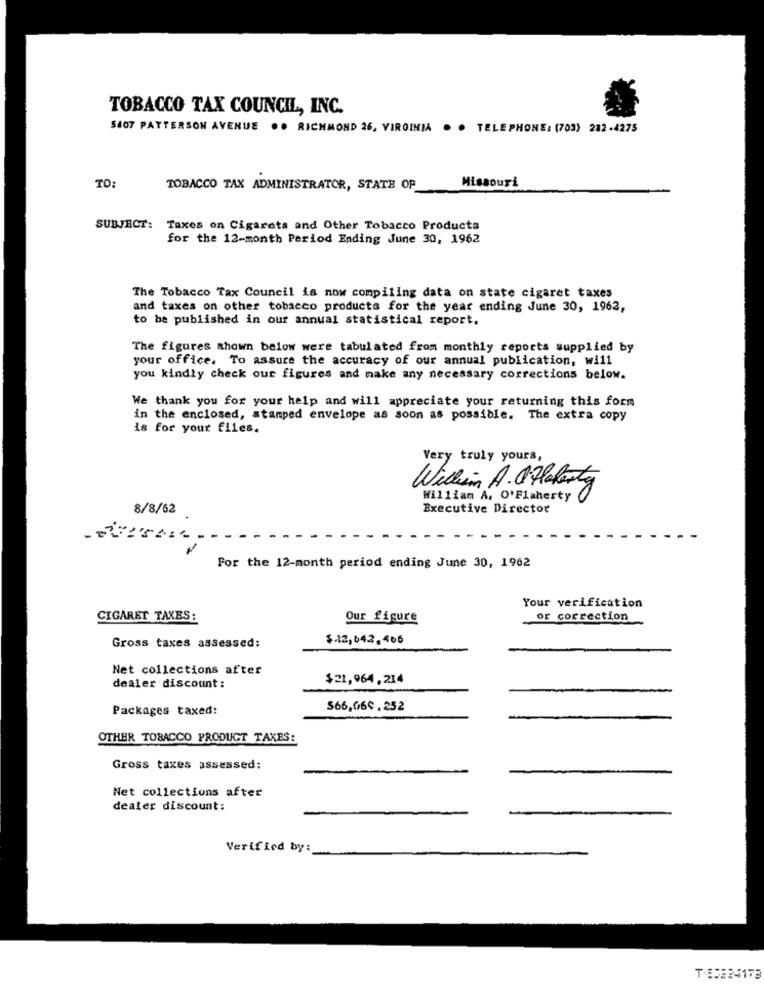
TOBACCO TAX COUNCIL, INC.
5407 PATTERSON AVENUE .. RICHMOND 26, VIRGINIA
. . TELEPHONE: (703) 282-4275
Missouri
TO:
TOBACCO TAX ADMINISTRATOR, STATE OF
SUBJECT:
Taxes on Cigarets and Other Tobacco Products
for the 12-month Period Ending June 30, 1962
The Tobacco Tax Council is now compiling data on state cigaret taxes
and taxes on other tobacco products for the year ending June 30, 1962,
to be published in our annual statistical report.
The figures shown below were tabulated from monthly reports supplied by
your office. To assure the accuracy of our annual publication, will
you kindly check our figures and make any necessary corrections below.
We thank you for your help and will appreciate your returning this form
in the enclosed, stamped envelope as soon as possible. The extra copy
is for your files.
Very truly yours,
William A. OHlaferty
William A, O'Flaherty
8/8/62
Executive Director
For the 12-month period ending June 30, 1962
Your verification
CIGARET TAXES:
Our figure
or correction
$12,042,466
Gross taxes assessed:
Net collections after
$21,964,214
dealer discount :
Packages taxed:
566,06℃ . 252
OTHER TOBACCO PRODUCT TAXES:
Gross taxes assessed:
Net collections after
dealer discount:
Verified by:
T.85824173